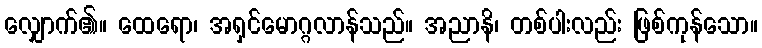
လျှောက်၏။ ထေရော၊ အရှင်မောဂ္ဂလာန်သည်။ အညာနိ၊ တစ်ပါးလည်း ဖြစ်ကုန်သော။